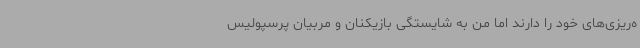
ه‌ریزی‌های خود را دارند اما من به شایستگی بازیکنان و مربیان پرسپولیس